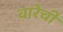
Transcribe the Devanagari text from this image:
वारेची